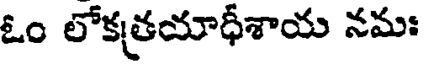
ఓం లోకత్రయాధీశాయ నమః